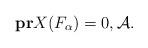
LaTeX: \begin{align*}\bold{pr}X(F_{\alpha})=0, \mathcal{A} .\end{align*}